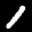
Label: 1